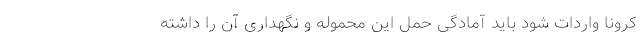
کرونا واردات شود باید آمادگی حمل این محموله و نگهداری آن را داشته